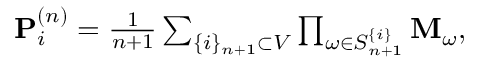
\begin{array} { r } { \mathbf { P } _ { i } ^ { \left( n \right) } = \frac { 1 } { n + 1 } \sum _ { \{ i \} _ { n + 1 } \subset V } \prod _ { \omega \in S _ { n + 1 } ^ { \{ i \} } } \mathbf { M } _ { \omega } , } \end{array}